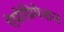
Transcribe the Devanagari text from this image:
ऐप्रोप्रियेशन